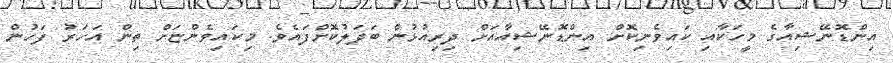
އިންޑޮނޭޝިއާގެ މީހަކާއި ކައިވެނިކޮށް އިންޑޮނޭޝިއާއަށް ދިރިއުޅުން ބަދަލުކޮށްފައެވެ. މިކައިވެންޏަށް ތިން އަހަރު ފަހުން